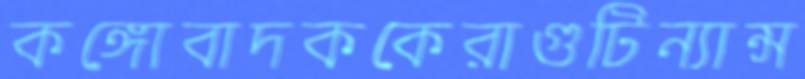
কঙ্গোবাদককেরাগুটিন্যান্স